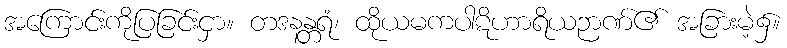
အကြောင်းကိုပြခြင်းငှာ။ တဒနန္တရံ၊ ထိုယမကပါဋိဟာရိယဉာဏ်၏ အခြားမဲ့၌။